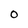
Character: O